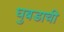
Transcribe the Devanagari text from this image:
घुबडाची